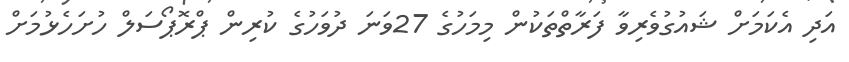
އަދި އެކަމަށް ޝައުގުވެރިވާ ފަރާތްތަކުން މިމަހުގެ 27ވަނަ ދުވަހުގެ ކުރިން ޕްރޮޕޯސަލް ހުށަހެޅުމަށް